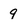
Character: g